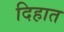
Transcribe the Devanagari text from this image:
दिहात